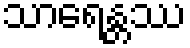
သာရေန္တဿ